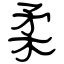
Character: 柔